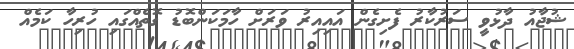
ޝުޖާއު ދާޅުވީ ސަރުކާރު ފެށިގެން އައިއިރު ވަރަށް ހާމަކަންބޮޑު ގޮތެއްގައި ހުރިހާ ކަމެއް